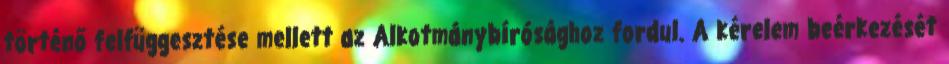
történő felfüggesztése mellett az Alkotmánybírósághoz fordul. A kérelem beérkezését